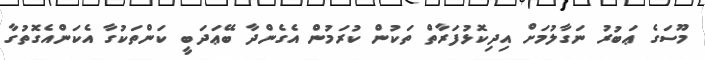
މޫސަގެ ޢަބުރު ނަގާލުމަށް އިދިކޮޅުފަރާތް ތަކުން ކުރަމުން އެގެންދާ ބޭޢަދަބީ ކަންތަކުގާ އެކަންއެގޮތުގާ